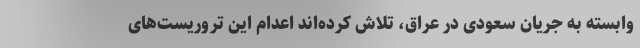
وابسته به جریان سعودی در عراق، تلاش کرده‌اند اعدام این تروریست‌های